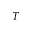
T